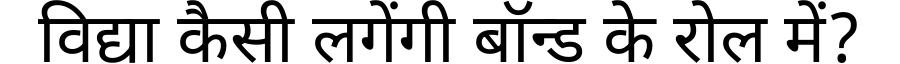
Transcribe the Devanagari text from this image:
विद्या कैसी लगेंगी बॉन्ड के रोल में?